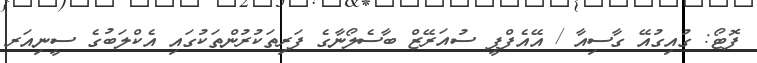
ފޮޓޯ: ގުއިގުއޭ ގާސިއާ / އޭއެފްޕީ ސުއަރޭޒް ބާސެލޯނާގެ ފަރިތަކުރުންތަކުގައި އެކްލަބުގެ ސީނިއަރ